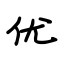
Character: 优